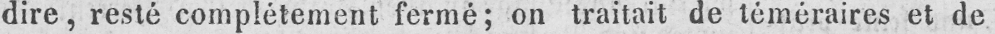
dire, resté complétement fermé; on traitait de téméraires et de